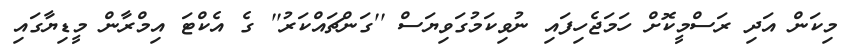
މިކަން އަދި ރަސްމީކޮށް ހަމަޖެހިފައި ނުވިކަމުގަވިޔަސް ''ގަންޗައްކަރު'' ގެ އެކްޓަ އިމްރާން މީޑިޔާގައި